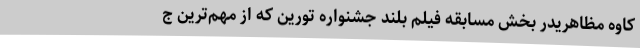
کاوه مظاهریدر بخش مسابقه فیلم بلند جشنواره تورین که از مهم‌ترین ج